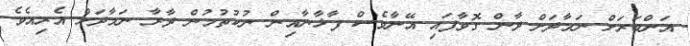
އަންބަރަށް ނަމާދަށް ދާން ގޮވާފައި އޭނާވެސް ފާޚާނާއިން ނުކުތުމުން ދާރާ ނަމާދަށް އެރިއެވެ.